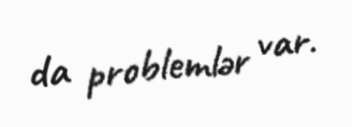
da problemlər var.